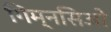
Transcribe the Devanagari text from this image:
गिम्नसिओ